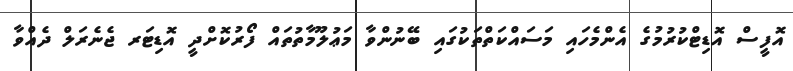
އޮފީސް އޮޑިޓްކުރުމުގެ އެންމެހައި މަސައްކަތްތަކުގައި ބޭނުންވާ މަޢުލޫމާތުތައް ފޯރުކޮށްދީ އޮޑިޓަރ ޖެނެރަލް ދެއްވާ